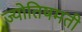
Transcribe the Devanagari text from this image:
ज्योतिषमती